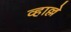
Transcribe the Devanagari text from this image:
व्हाल्ले